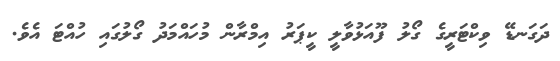
ދަގަނޑޭ ވިކްޓަރީގެ ގޯލު ފޫއަޅުވާލީ ކީޕަރު އިމްރާން މުހައްމަދު ގޯލުގައި ހުއްޓަ އެވެ.